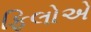
ફિલોએ